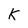
Character: K